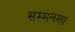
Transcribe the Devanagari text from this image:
सम्मनखा